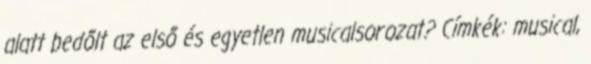
alatt bedőlt az első és egyetlen musicalsorozat? Címkék: musical,